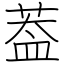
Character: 葢